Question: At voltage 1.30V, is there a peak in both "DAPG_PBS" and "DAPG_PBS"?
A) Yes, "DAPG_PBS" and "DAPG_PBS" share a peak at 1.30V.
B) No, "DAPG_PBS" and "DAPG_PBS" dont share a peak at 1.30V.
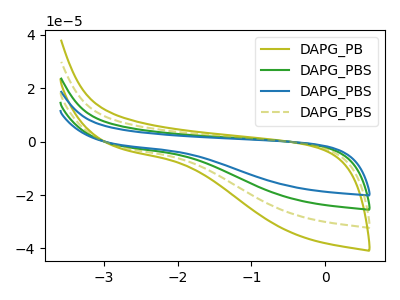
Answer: <think>The olive curve "DAPG_PB" has no peaks. The green curve "DAPG_PBS" has no peaks. The blue curve "DAPG_PBS" has no peaks. The olive dashed curve "DAPG_PBS" has no peaks.</think>
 <answer>B) No, "DAPG_PBS" and "DAPG_PBS" dont share a peak at 1.30V.</answer>
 <eval>B</eval>